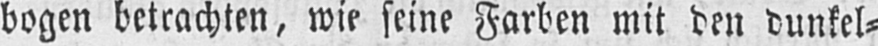
bogen betrachten, wie seine Farben mit den dunkel⸗